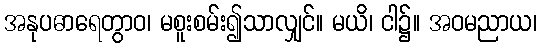
အနုပဓာရေတွာဝ၊ မစူးစမ်း၍သာလျှင်။ မယိ၊ ငါ၌။ အဝမညာယ၊